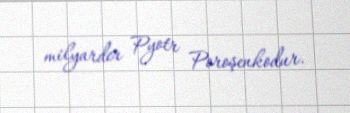
milyarder Pyotr Poroşenkodur.